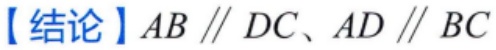
【结论】$AB \parallel DC、AD \parallel BC$